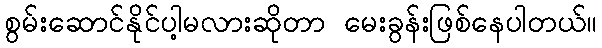
စွမ်းဆောင်နိုင်ပါ့မလားဆိုတာ မေးခွန်းဖြစ်နေပါတယ်။